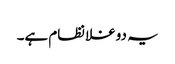
یہ دوغلا نظام ہے۔